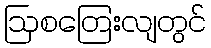
ဩစတြေးလျတွင်